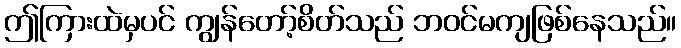
ဤကြားထဲမှပင် ကျွန်တော့်စိတ်သည် ဘဝင်မကျဖြစ်နေသည်။